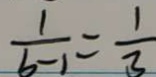
\frac { 1 } { b - 1 } = \frac { 1 } { 3 }